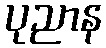
ပုညာန